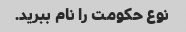
نوع حکومت را نام ببرید.